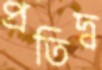
প্রতিদ্ব